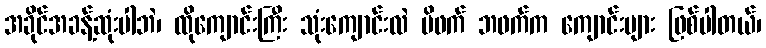
အခိုင်အခန့်ဆုံးပါဘဲ၊ ထိုကျောင်းကြီး သုံးကျောင်းလဲ မိဖက် ဘဖက်က ကျောင်းများ ဖြစ်ပါတယ်၊